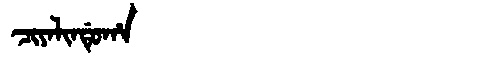
Manchu: ᠴᡳᠶᠠᠯᡳᠨᡩᡠᡥᠠ
Romanization: CIYALINDUHA